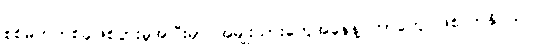
စစ်မက်တစ်ခုဖြစ်ပွားမှုအပြီးမှာ အမျိုးသားတွေအနေနဲ့ ဘာတွေ ဖြစ်လာနိုင်သလဲ။